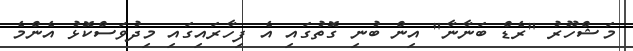
މަޝްހޫރު "ރެޑް ބަނާނާ" އިން ބުނި ގޮތުގައި އެ ފިހާރައިގައި މިދުވަސްކޮޅު އެންމެ